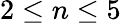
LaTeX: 2\le n\le 5